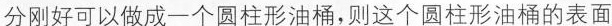
分刚好可以做成一个圆柱形油桶，则这个圆柱形油桶的表面